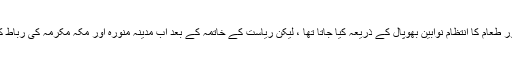
ریاستی عہد تک رباط میں عازمین حج کے قیام اور طعام کا انتظام نوابین بھوپال کے ذریعہ کیا جاتا تھا ، لیکن ریاست کے خاتمہ کے بعد اب مدینہ منورہ اور مکہ مکرمہ کی رباط کا نظم و نسق شاہی اوقاف کے ذریعہ کیا جاتا ہے۔